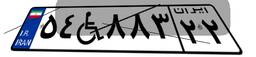
۵۴W۸۸۳۲۲